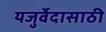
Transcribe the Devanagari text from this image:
यजुर्वेदासाठी